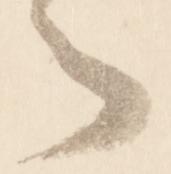
者